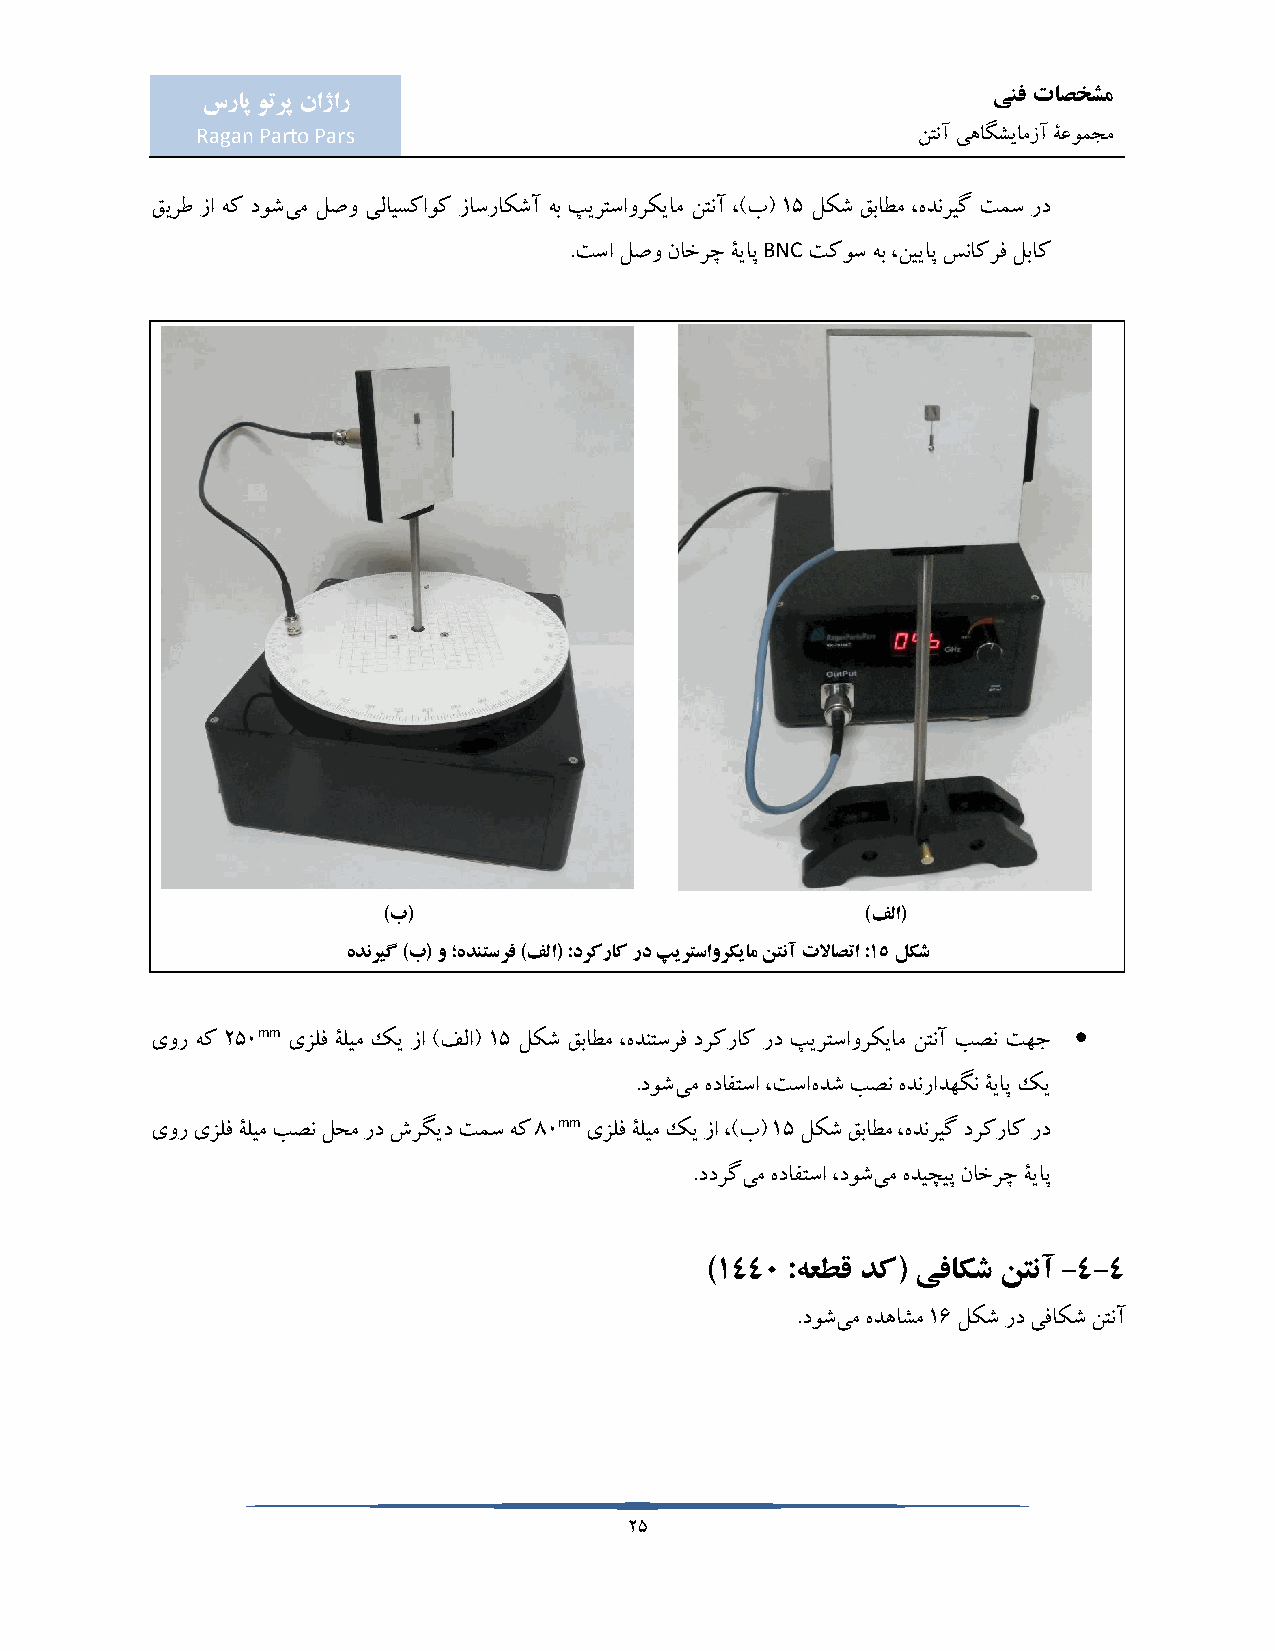
ینف تاصخشم
 سراپ وترپ ناژار
 Ragan Parto Pars                                نتنآ یهاگشیامزآ ۀعومجم
 قیرط زا هک دوشیم لصو یلایسکاوک زاسراکشآ هب پیرتساورکیام نتنآ ،)ب( 15 لکش قباطم ،هدنریگ تمس رد
 BNC
 .تسا لصو ناخرچ ۀیاپ تکوس هب ،نییاپ سناکرف لباک
 )ب(                             )فلا(
 هدنریگ )ب( و ؛هدنتسرف )فلا( :درکراک رد پیرتساورکیام نتنآ تلااصتا :15 لکش
 mm                                                    
 یور هک 250 یزلف ۀلیم کی زا )فلا( 15 لکش قباطم ،هدنتسرف درکراک رد پیرتساورکیام نتنآ بصن تهج
 .دوشیم هدافتسا ،تساهدش بصن هدنرادهگن ۀیاپ کی
 mm
 یور یزلف ۀلیم بصن لحم رد شرگید تمس هک 80 یزلف ۀلیم کی زا ،)ب( 15 لکش قباطم ،هدنریگ درکراک رد
 .ددرگیم هدافتسا ،دوشیم هدیچیپ ناخرچ ۀیاپ
 )1440 :هعطق دک( یفاکش نتنآ -4-4
 .دوشیم هدهاشم 16 لکش رد یفاکش نتنآ
 25